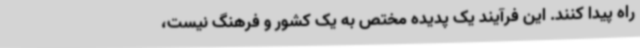
راه پیدا ‌کنند. این فرآیند یک پدیده مختص به یک کشور و فرهنگ نیست،